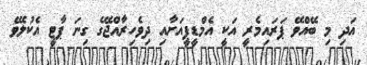
އަދި މި ބޭއްވޭ ޕަރައިމެރީ އަކީ އެމްޑީޕީއަށާއި ދިވެހިރާއްޖޭގެ ގިނަ ޕާޓީ އެކުލެވޭ